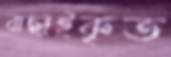
বাছাইকৃত